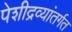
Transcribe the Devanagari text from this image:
पेशीद्रव्यांतर्गत